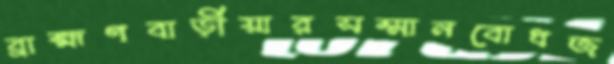
ব্রাহ্মণবাড়ীয়ারসম্মানবোধজ